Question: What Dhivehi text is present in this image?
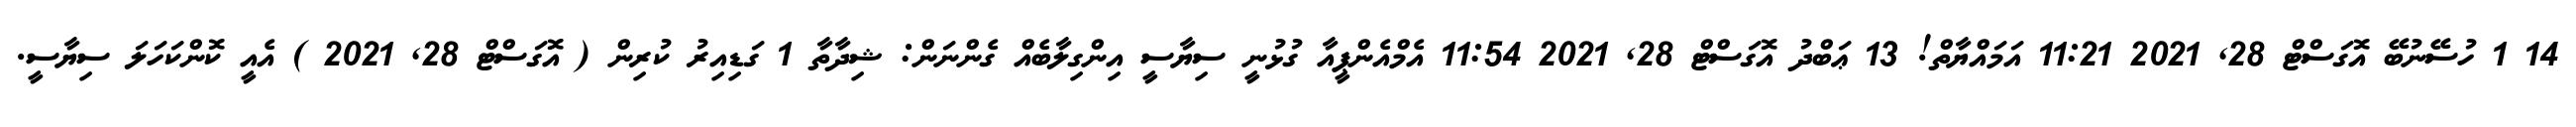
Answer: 14 1 ހުސޭނުބޭ އޮގަސްޓް 28, 2021 11:21 އަމައްޔާތް! 13 ޢަބްދު އޮގަސްޓް 28, 2021 11:54 އެމްއެންޕީއާ ގުޅުނީ ސިޔާސީ އިންގިލާބެއް ގެންނަން: ޝިދާތާ 1 ގަޑިއިރު ކުރިން ( އޮގަސްޓް 28, 2021 ) އެއީ ކޮންކަހަލަ ސިޔާސީ.